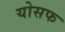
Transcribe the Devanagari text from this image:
योसफ